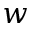
w